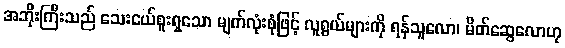
အဘိုးကြီးသည် သေးငယ်စူးရှသော မျက်လုံးစုံဖြင့် လူရွယ်များကို ရန်သူလော၊ မိတ်ဆွေလောဟု